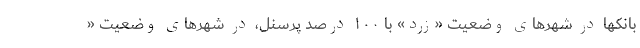
بانکها در شهرهای وضعیت «زرد» با ۱۰۰ درصد پرسنل، در شهرهای وضعیت «